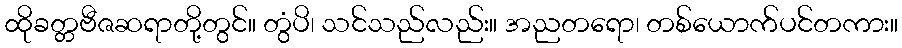
ထိုခတ္တဗီဇဆရာတို့တွင်။ တွံပိ၊ သင်သည်လည်း။ အညတရော၊ တစ်ယောက်ပင်တကား။